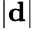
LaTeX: |\mathbf d|